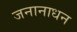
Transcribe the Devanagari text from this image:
जनानाधन